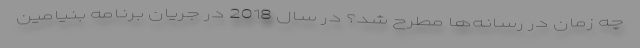
چه زمان در رسانه‌ها مطرح شد؟ در سال 2018 در جریان برنامه بنیامین